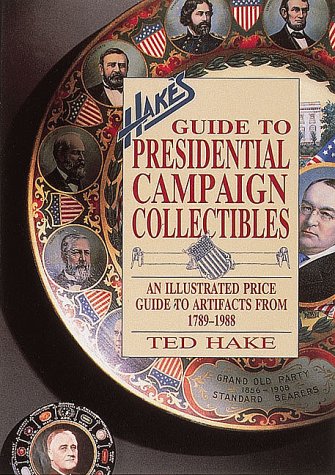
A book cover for Hake's Guide to Presidential Campaign Collectibles: An Illustrated Price Guide to Artifacts from 1789-1988; Ted Hade; Crafts, Hobbies & Home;